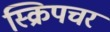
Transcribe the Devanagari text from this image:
स्क्रिपचर